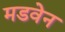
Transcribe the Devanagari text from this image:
मडवेन